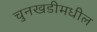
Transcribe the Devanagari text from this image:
चुनखडीमधील